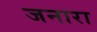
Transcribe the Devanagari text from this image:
जनारा